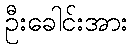
ဦးခေါင်းအား